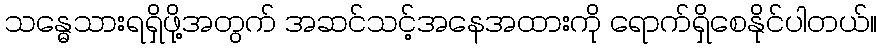
သန္ဓေသားရရှိဖို့အတွက် အဆင်သင့်အနေအထားကို ရောက်ရှိစေနိုင်ပါတယ်။